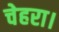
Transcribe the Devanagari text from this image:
चेहरा।